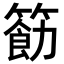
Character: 𮅲